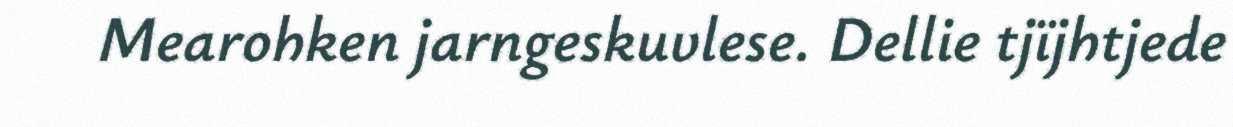
Mearohken jarngeskuvlese. Dellie tjïjhtjede